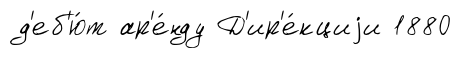
д'еб'ю́т ар'е́нду Д'ир'е́кциjи 1880